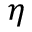
\eta